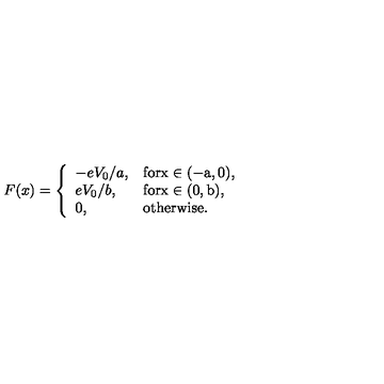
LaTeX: F ( x ) = \left\{ \begin{array} { l l } { - { e V _ { 0 } / a } , } & { \mathrm { f o r x \in ( - a , 0 ) } , } \\ { { e V _ { 0 } / b } , } & { \mathrm { f o r x \in ( 0 , b ) } , } \\ { 0 , } & { \mathrm { o t h e r w i s e } . } \\ \end{array} \right.